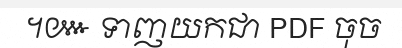
។៚ ទាញយកជា PDF ចុច